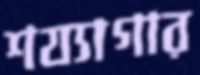
শয্যাগার